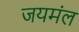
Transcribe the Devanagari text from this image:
जयमंल